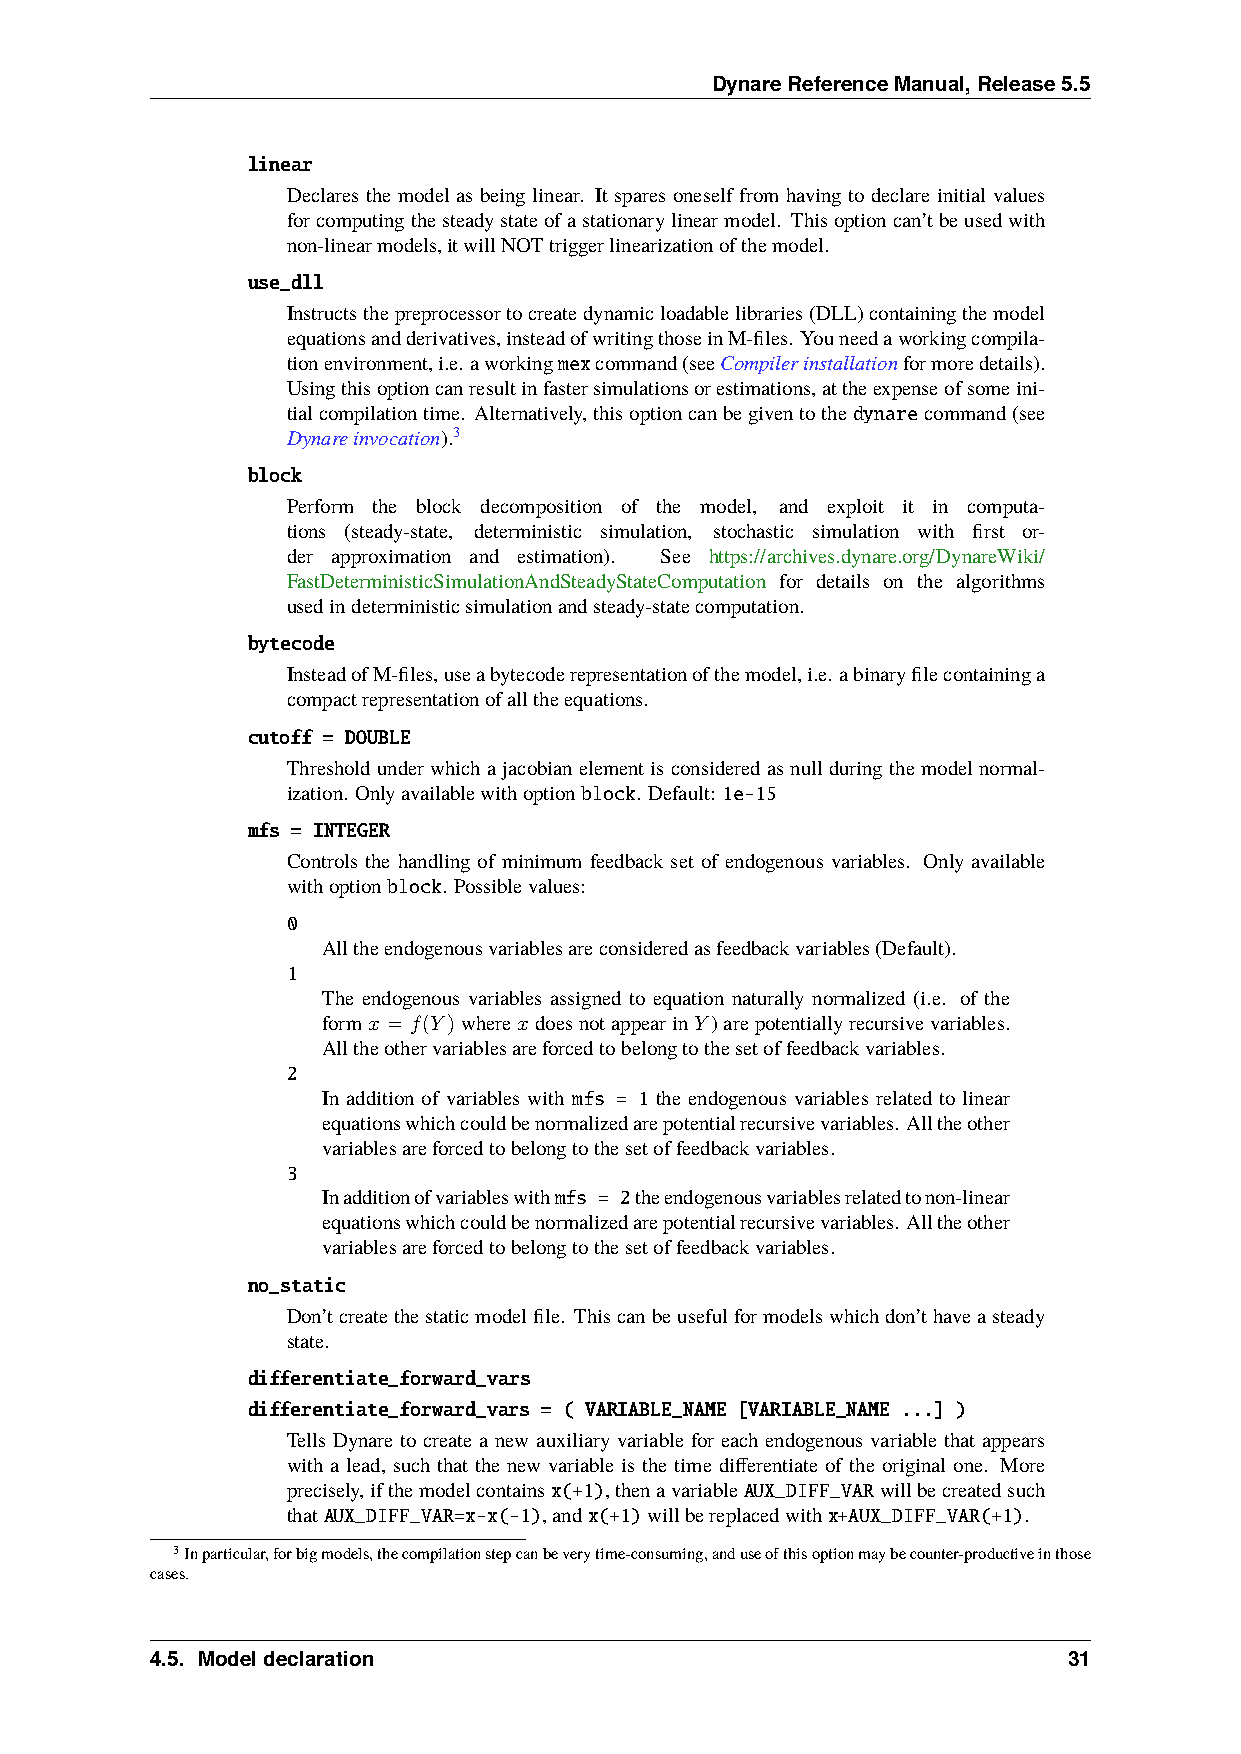
DynareReferenceManual,Release5.5
 linear
 Declares the model as being linear. It spares oneself from having to declare initial values
 forcomputingthesteadystateofastationarylinearmodel. Thisoptioncan’tbeusedwith
 non-linearmodels,itwillNOTtriggerlinearizationofthemodel.
 use_dll
 Instructsthepreprocessortocreatedynamicloadablelibraries(DLL)containingthemodel
 equationsandderivatives,insteadofwritingthoseinM-files. Youneedaworkingcompila-
 tionenvironment,i.e. aworkingmexcommand(seeCompilerinstallationformoredetails).
 Usingthisoptioncanresultinfastersimulationsorestimations,attheexpenseofsomeini-
 tialcompilationtime. Alternatively,thisoptioncanbegiventothedynarecommand(see
 Dynareinvocation).3
 block
 Perform the block decomposition of the model, and exploit it in computa-
 tions (steady-state, deterministic simulation, stochastic simulation with first or-
 der approximation and estimation). See https://archives.dynare.org/DynareWiki/
 FastDeterministicSimulationAndSteadyStateComputation for details on the algorithms
 usedindeterministicsimulationandsteady-statecomputation.
 bytecode
 InsteadofM-files,useabytecoderepresentationofthemodel,i.e. abinaryfilecontaininga
 compactrepresentationofalltheequations.
 cutoff = DOUBLE
 Thresholdunderwhichajacobianelementisconsideredasnullduringthemodelnormal-
 ization. Onlyavailablewithoptionblock. Default: 1e-15
 mfs = INTEGER
 Controls the handling of minimum feedback set of endogenous variables. Only available
 withoptionblock. Possiblevalues:
 0
 Alltheendogenousvariablesareconsideredasfeedbackvariables(Default).
 1
 The endogenous variables assigned to equation naturally normalized (i.e. of the
 form𝑥 = 𝑓(𝑌)where𝑥doesnotappearin𝑌)arepotentiallyrecursivevariables.
 Alltheothervariablesareforcedtobelongtothesetoffeedbackvariables.
 2
 In addition of variables with mfs = 1 the endogenous variables related to linear
 equationswhichcouldbenormalizedarepotentialrecursivevariables. Alltheother
 variablesareforcedtobelongtothesetoffeedbackvariables.
 3
 Inadditionofvariableswithmfs = 2theendogenousvariablesrelatedtonon-linear
 equationswhichcouldbenormalizedarepotentialrecursivevariables. Alltheother
 variablesareforcedtobelongtothesetoffeedbackvariables.
 no_static
 Don’tcreatethestaticmodelfile. Thiscanbeusefulformodelswhichdon’thaveasteady
 state.
 differentiate_forward_vars
 differentiate_forward_vars = ( VARIABLE_NAME [VARIABLE_NAME ...] )
 Tells Dynare to create a new auxiliary variable for each endogenous variable that appears
 with a lead, such that the new variable is the time differentiate of the original one. More
 precisely,ifthemodelcontainsx(+1),thenavariableAUX_DIFF_VARwillbecreatedsuch
 thatAUX_DIFF_VAR=x-x(-1),andx(+1)willbereplacedwithx+AUX_DIFF_VAR(+1).
 3Inparticular,forbigmodels,thecompilationstepcanbeverytime-consuming,anduseofthisoptionmaybecounter-productiveinthose
 cases.
 4.5. Modeldeclaration                                        31